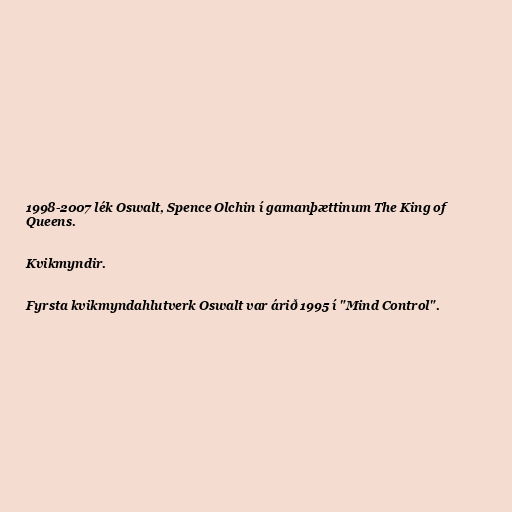
1998-2007 lék Oswalt, Spence Olchin í gamanþættinum The King of
Queens.

Kvikmyndir.

Fyrsta kvikmyndahlutverk Oswalt var árið 1995 í "Mind Control".